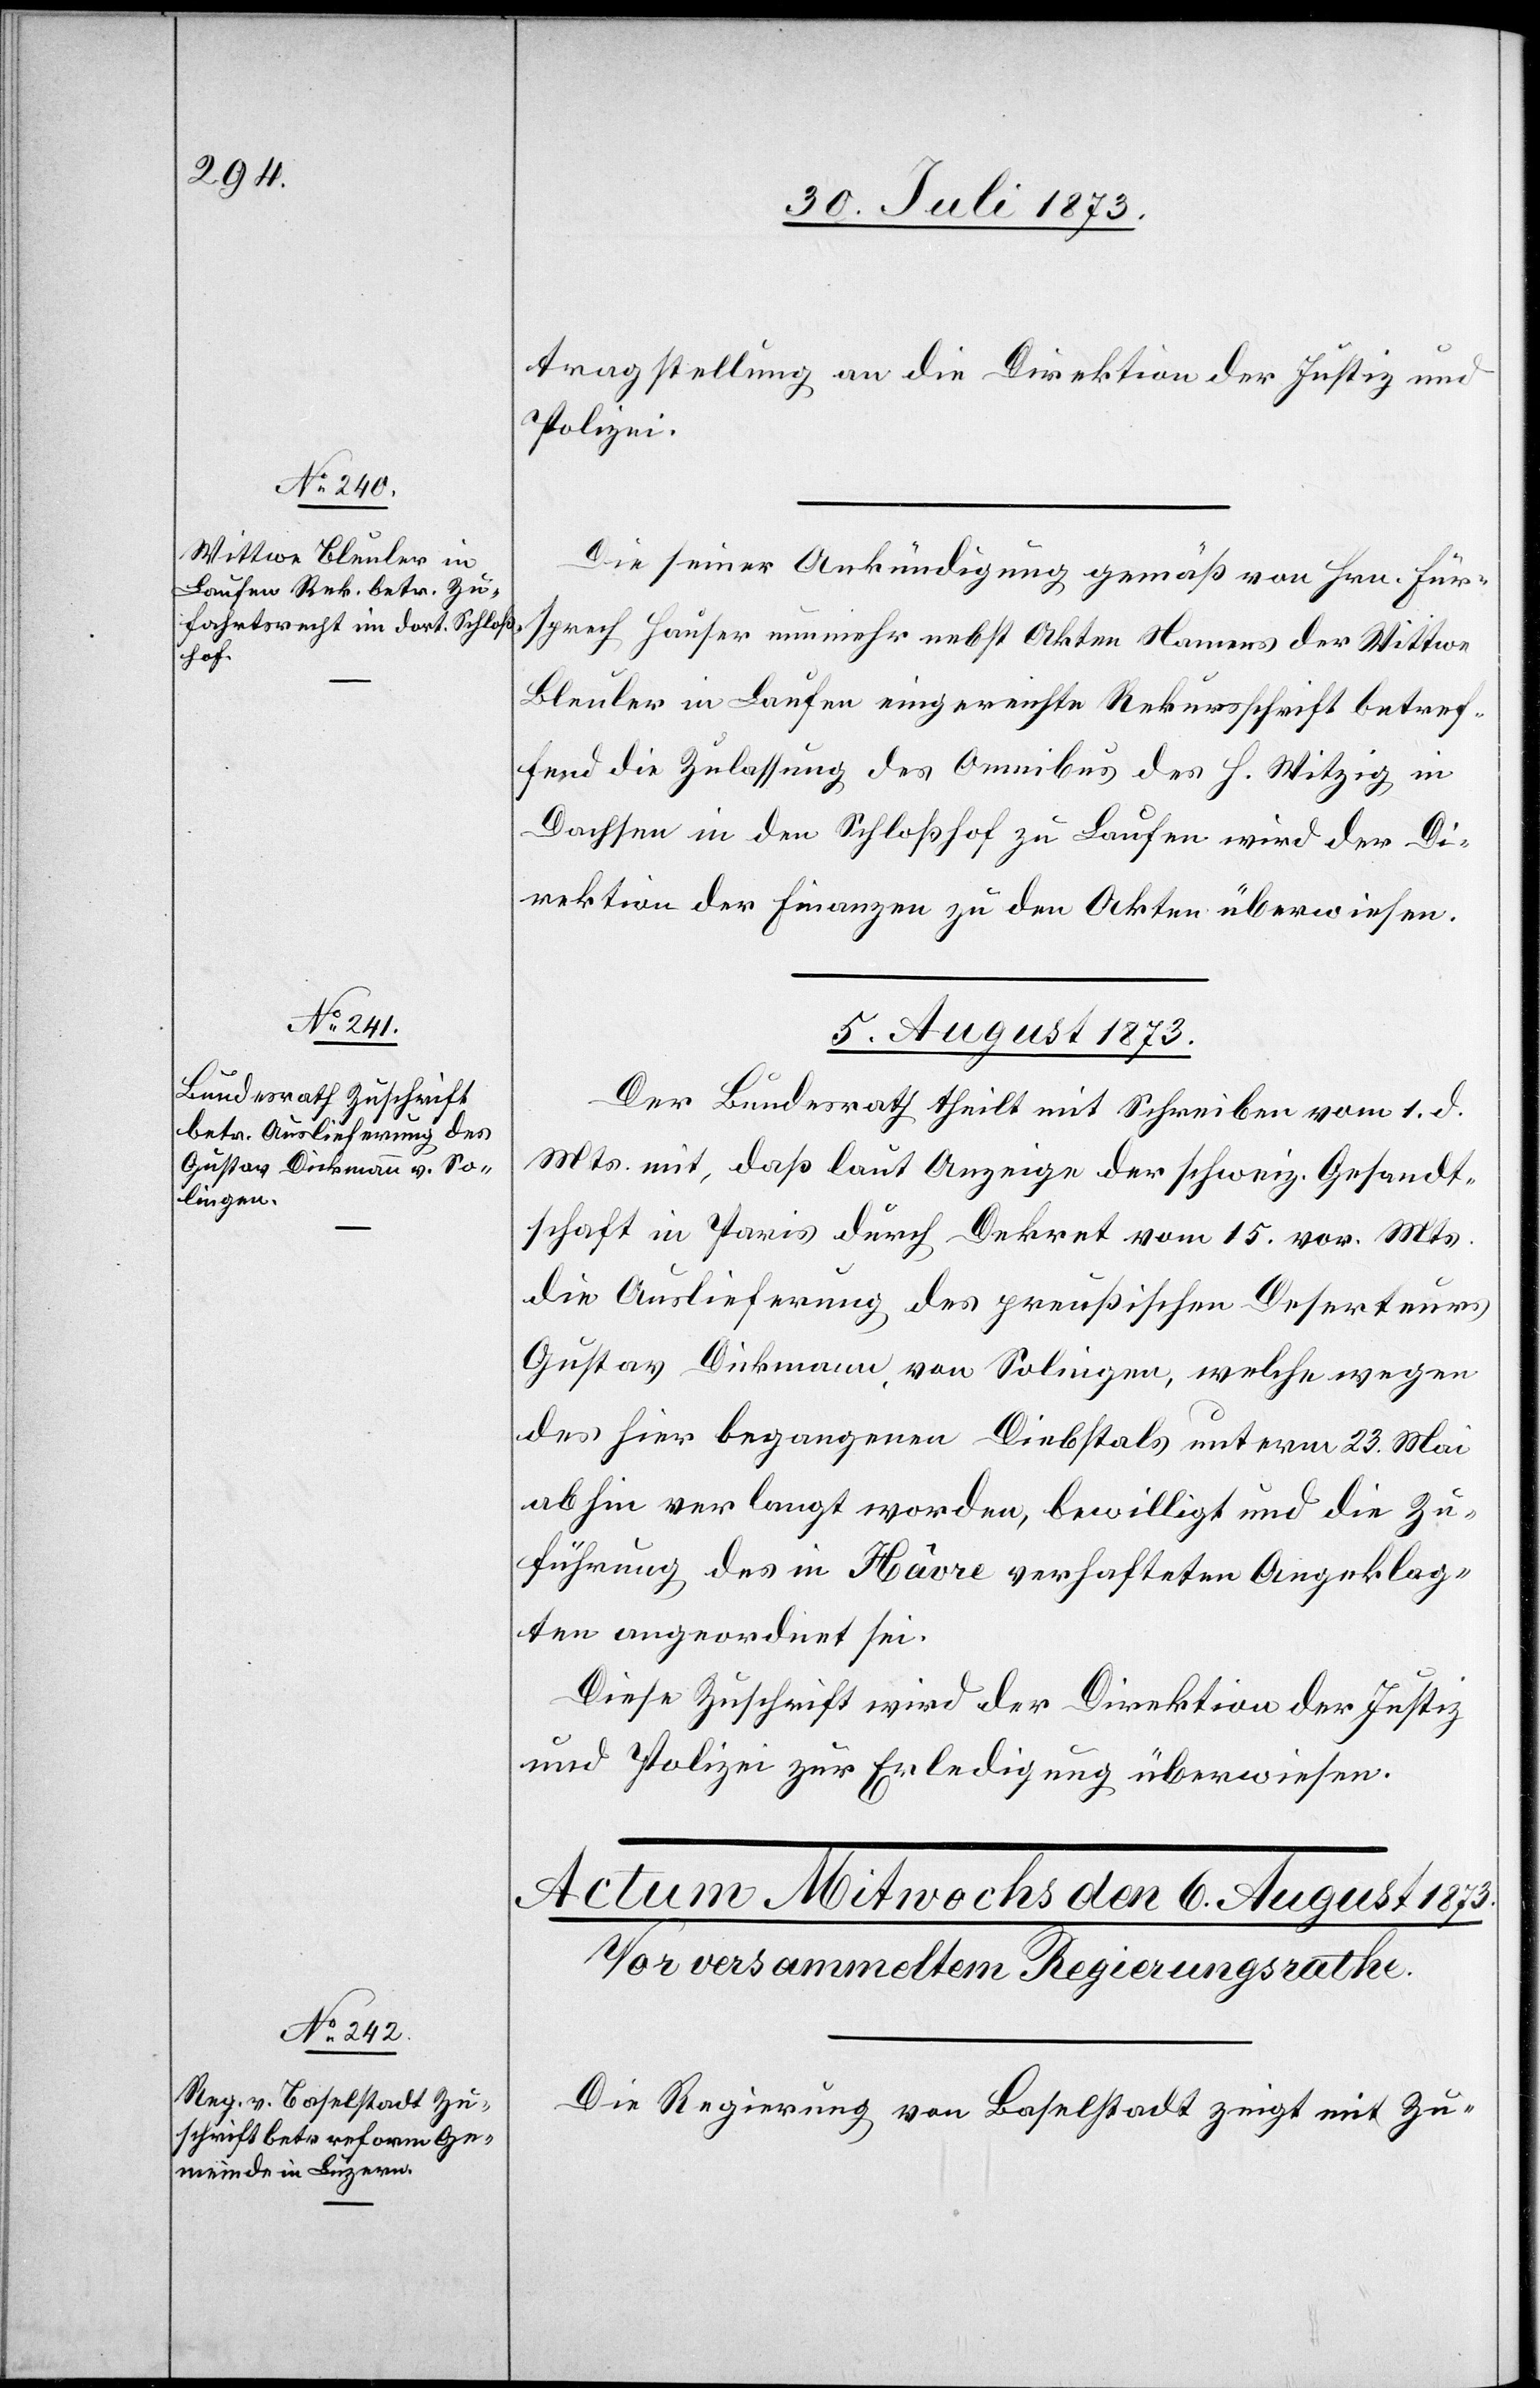
tragstellung an die Direktion der Justiz und
Polizei.
Die seiner Ankündigung gemäß von Hrn. Für¬
sprech Hauser nunmehr nebst Akten Namens der Wittwe
Bleuler in Laufen eingereichte Rekursschrift betref¬
fend die Zulassung des Omnibus des H. Witzig in
Dachsen in den Schloßhof zu Laufen wird der Di¬
rektion der Finanzen zu den Akten überwiesen.
5. August 1873.
Der Bundesrath theilt mit Schreiben vom 1. d.
Mts. mit, daß laut Anzeige der schweiz. Gesandt¬
schaft in Paris durch Dekret vom 15. vor. Mts.
die Auslieferung des preußischen Deserteurs
Gustav Dickman, von Solingen, welche wegen
des hier begangenen Diebstals unterm 23. Mai
abhin verlangt worden, bewilligt und die Zu¬
führung des in Hâvre verhafteten Angeklag¬
ten angeordnet sei.
Diese Zuschrift wird der Direktion der Justiz
und Polizei zur Erledigung überwiesen.
Die Regierung von Baselstadt zeigt mit Zu-